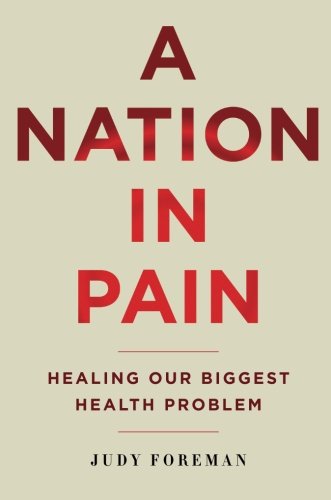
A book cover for A Nation in Pain: Healing Our Biggest Health Problem; Judy Foreman; Medical Books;